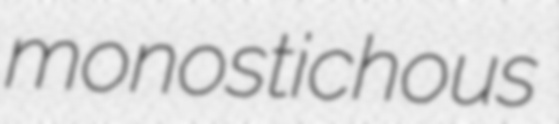
monostichous